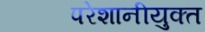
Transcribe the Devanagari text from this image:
परेशानीयुक्त